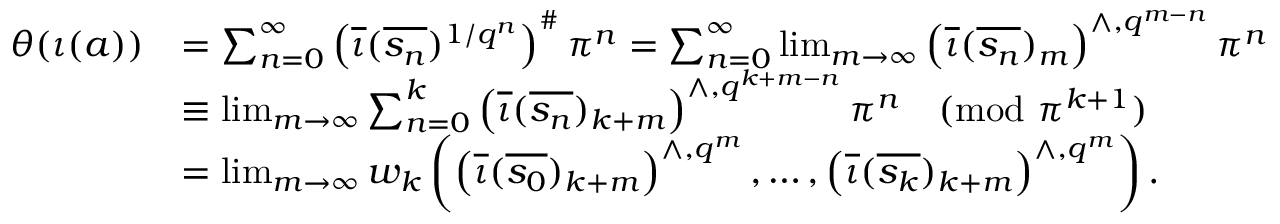
\begin{array} { r l } { \theta ( \iota ( a ) ) } & { = \sum _ { n = 0 } ^ { \infty } \left( \overline { { \iota } } ( \overline { { s _ { n } } } ) ^ { 1 / q ^ { n } } \right) ^ { \# } \pi ^ { n } = \sum _ { n = 0 } ^ { \infty } \operatorname* { l i m } _ { m \rightarrow \infty } \left( \overline { { \iota } } ( \overline { { s _ { n } } } ) _ { m } \right) ^ { \wedge , q ^ { m - n } } \pi ^ { n } } \\ & { \equiv \operatorname* { l i m } _ { m \rightarrow \infty } \sum _ { n = 0 } ^ { k } \left( \overline { { \iota } } ( \overline { { s _ { n } } } ) _ { k + m } \right) ^ { \wedge , q ^ { k + m - n } } \pi ^ { n } \pmod { \pi ^ { k + 1 } } } \\ & { = \operatorname* { l i m } _ { m \rightarrow \infty } w _ { k } \left( \left( \overline { { \iota } } ( \overline { { s _ { 0 } } } ) _ { k + m } \right) ^ { \wedge , q ^ { m } } , \dots , \left( \overline { { \iota } } ( \overline { { s _ { k } } } ) _ { k + m } \right) ^ { \wedge , q ^ { m } } \right) . } \end{array}